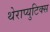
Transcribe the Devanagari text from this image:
थेराप्युटिक्स